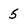
Character: 5